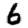
Digit: 6